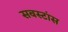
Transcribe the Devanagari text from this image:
सबस्टांस